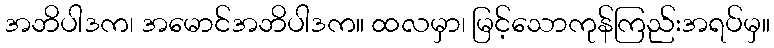
အဘိပါဒက၊ အမောင်အဘိပါဒက။ ထလမှာ၊ မြင့်သောကုန်ကြည်းအရပ်မှ။